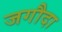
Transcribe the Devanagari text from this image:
जगौदा